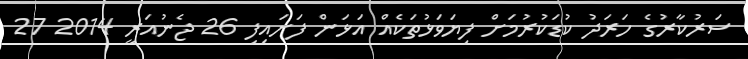
ސަރުކާރުގެ ހަރަދު ކުޑަކުރުމަށް ފިޔަވަޅުތަކެއް އަޅަން ފަށައިފި 26 ޖެނުއަރީ 2014 27